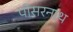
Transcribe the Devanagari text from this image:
पीसरनाथ